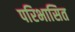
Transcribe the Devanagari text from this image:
परिभासित